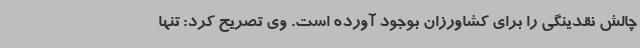
چالش نقدینگی را برای کشاورزان بوجود آورده است. وی تصریح کرد: تنها